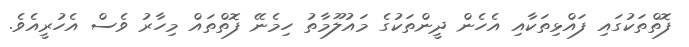
ފޮތްތަކުގައި ފައްޅިތަކާއި އެހެން ދީންތަކުގެ މައުލޫމާތު ހިމެނޭ ފޮތްތައް މިހާރު ވެސް އެހުރީއެވެ.